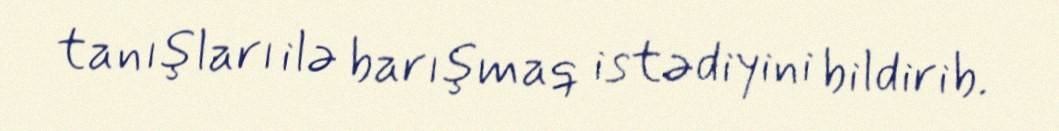
tanışları ilə barışmaq istədiyini bildirib.